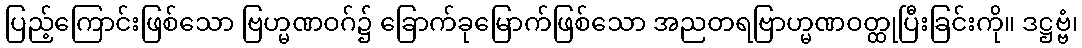
ပြည့်ကြောင်းဖြစ်သော ဗြဟ္မဏဝဂ်၌ ခြောက်ခုမြောက်ဖြစ်သော အညတရဗြာဟ္မဏဝတ္ထုပြီးခြင်းကို။ ဒဋ္ဌဗ္ဗံ၊